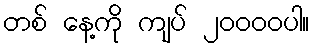
တစ် နေ့ကို ကျပ် ၂၀၀၀၀ပါ။